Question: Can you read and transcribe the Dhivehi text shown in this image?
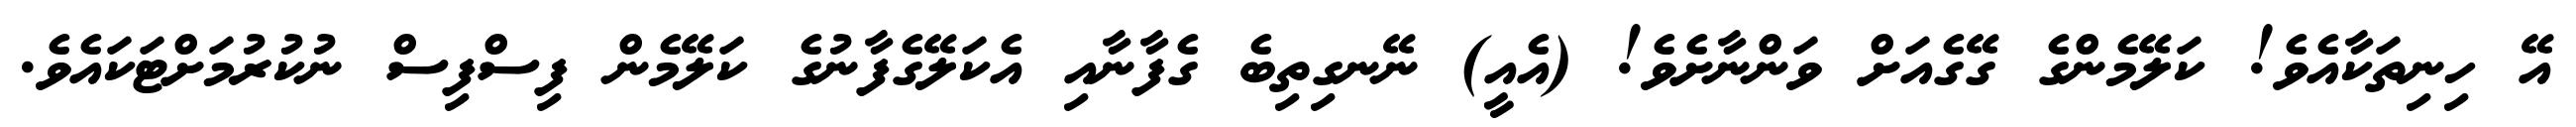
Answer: އޭ ހިނިތަކާއެވެ! ކަލޭމެންގެ ގޭގެއަށް ވަންނާށެވެ! (އެއީ) ނޭނގިތިބެ ގެފާނާއި އެކަލޭގެފާނުގެ ކަލޭމެން ފިސްފިސް ނުކުރުމަށްޓަކައެވެ.